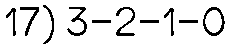
17) 3-2-1-0